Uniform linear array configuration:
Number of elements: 4
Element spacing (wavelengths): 0.25
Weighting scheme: hamming
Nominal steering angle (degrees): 30
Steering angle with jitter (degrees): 31.838
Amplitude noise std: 0.05
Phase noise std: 0.05

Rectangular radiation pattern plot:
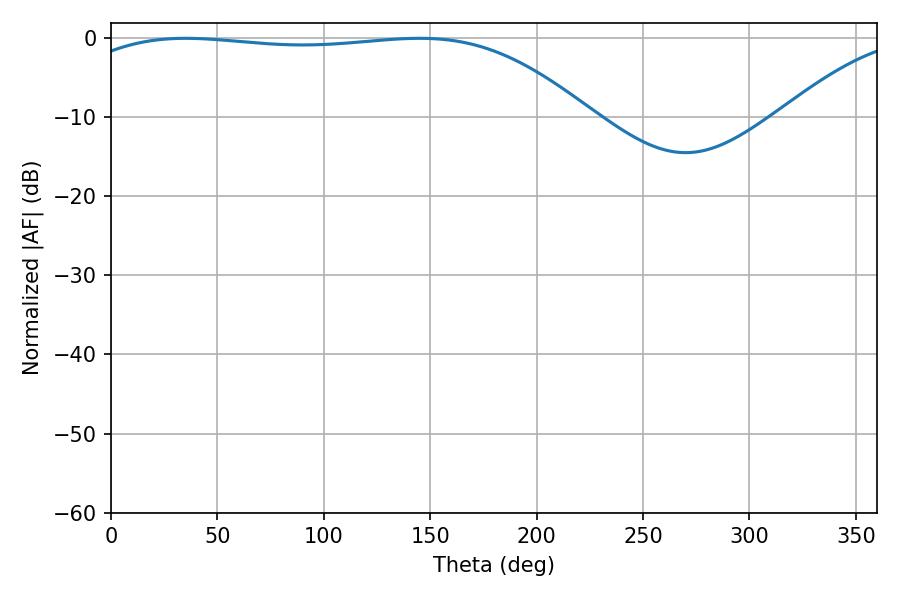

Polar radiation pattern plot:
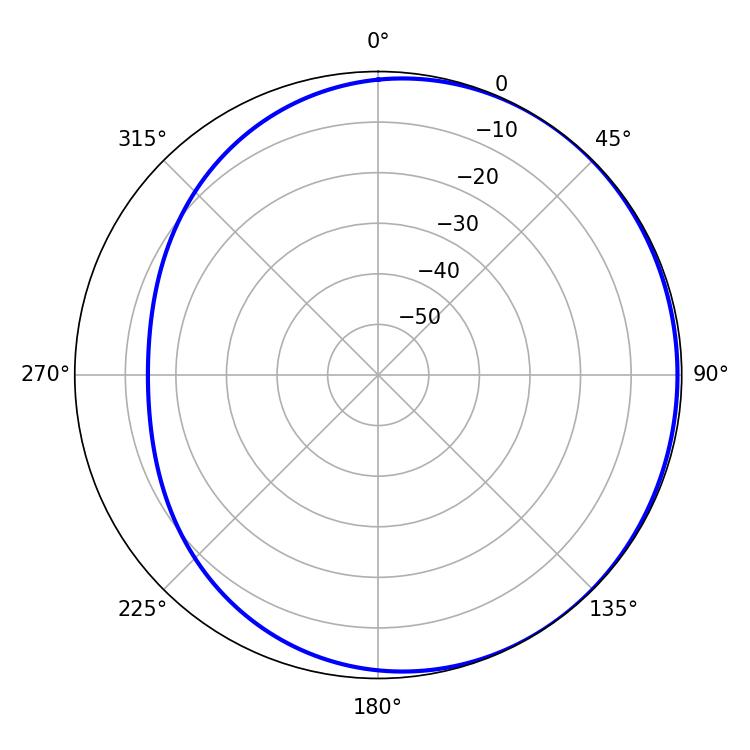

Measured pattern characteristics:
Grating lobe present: FALSE
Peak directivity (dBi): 1.067
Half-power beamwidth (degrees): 191.7
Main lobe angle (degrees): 35.1